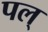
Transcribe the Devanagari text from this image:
पल्